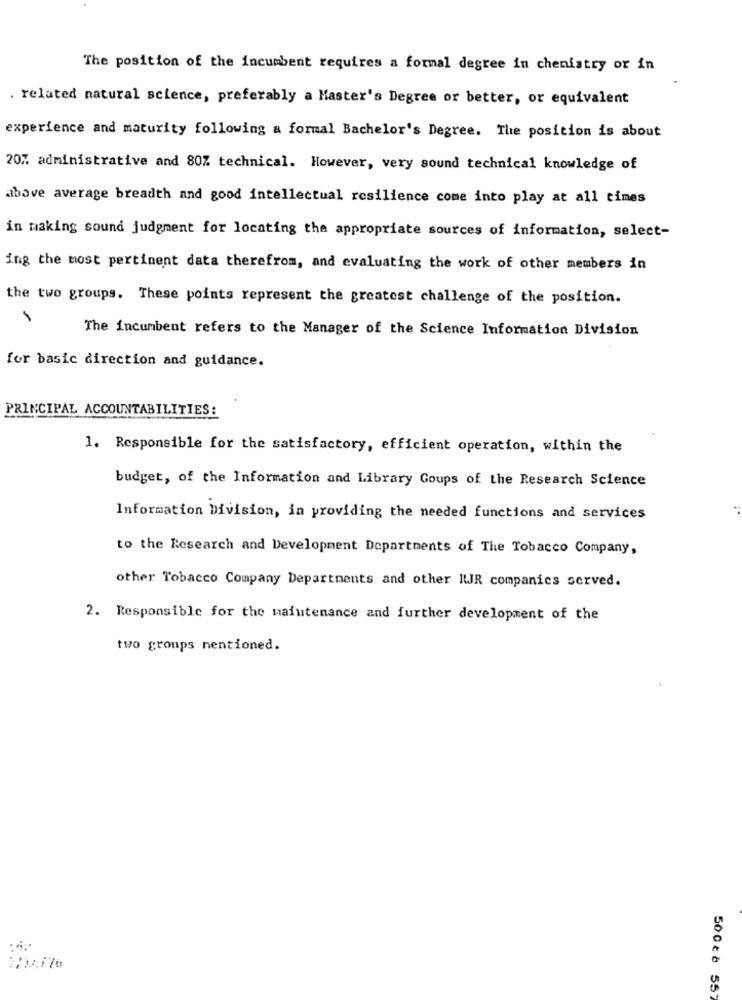
The position of the incumbent requires a formal degree in chemistry or in
. related natural science, preferably a Master's Degree or better, or equivalent
experience and maturity following a formal Bachelor's Degree. The position is about
20% administrative and 80% technical. However, very sound technical knowledge of
above average breadth and good intellectual resilience come into play at all times
in making sound judgment for locating the appropriate sources of information, select-
ing the most pertinent data therefrom, and evaluating the work of other members in
the two groups. These points represent the greatest challenge of the position.
The incumbent refers to the Manager of the Science Information Division
for basic direction and guidance.
PRINCIPAL ACCOUNTABILITIES:
1. Responsible for the satisfactory, efficient operation, within the
budget, of the Information and Library Goups of the Research Science
Information Division, in providing the needed functions and services
to the Research and Development Departments of The Tobacco Company,
other Tobacco Company Departments and other IUJR companies served.
2. Responsible for the maintenance and further development of the
two groups mentioned.
500c 8 55